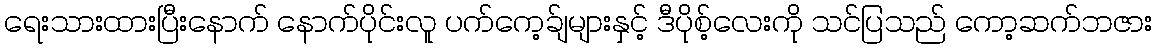
ရေးသားထားပြီးနောက် နောက်ပိုင်းလူ ပက်ကေ့ခ်ျများနှင့် ဒီပိုစ့်လေးကို သင်ပြသည် ကော့ဆက်ဘဇား